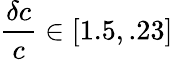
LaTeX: \frac{\delta c}{c}\in[1.5,.23]